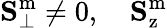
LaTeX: \mathbf{S}_{\perp}^{\mathrm{m}}\neq 0,\quad\mathbf{S}_{\mathrm{z}}^{\mathrm{m}}